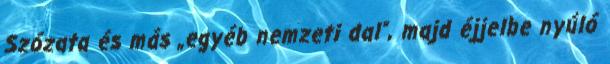
Szózata és más „egyéb nemzeti dal”, majd éjjelbe nyúló